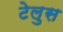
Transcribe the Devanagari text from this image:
टेलुस